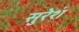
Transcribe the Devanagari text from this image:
सुरेशं